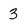
Character: 3